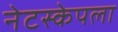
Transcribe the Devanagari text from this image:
नेटस्केपला